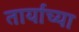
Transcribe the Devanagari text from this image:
तार्यांच्या